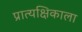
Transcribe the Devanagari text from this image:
प्रात्यक्षिकाला